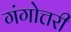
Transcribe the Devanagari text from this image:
गंगोत्तरी